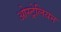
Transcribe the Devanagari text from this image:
ओस्ट्रेलियन